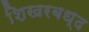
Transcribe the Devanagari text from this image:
शिखरबध्द